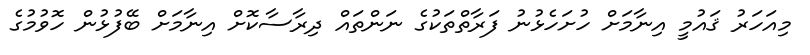
މިއަހަރު ޤައުމީ އިނާމަށް ހުށަހެޅުނު ފަރާތްތަކުގެ ނަންތައް ދިރާސާކޮށް އިނާމަށް ބޭފުޅުން ހޮވުމުގެ